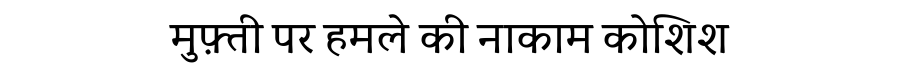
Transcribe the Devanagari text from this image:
मुफ़्ती पर हमले की नाकाम कोशिश